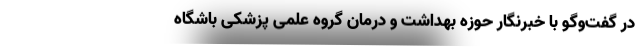
در گفت‌وگو با خبرنگار حوزه بهداشت و درمان گروه علمی پزشکی باشگاه